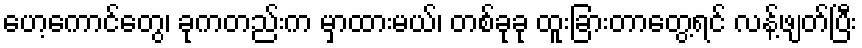
ဟေ့ကောင်တွေ၊ ခုကတည်းက မှာထားမယ်၊ တစ်ခုခု ထူးခြားတာတွေ့ရင် လန့်ဖျတ်ပြီး